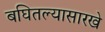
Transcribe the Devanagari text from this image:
बघितल्यासारखे